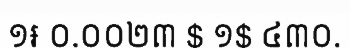
១៛ ០.០០២៣ $ ១$ ៤៣០.